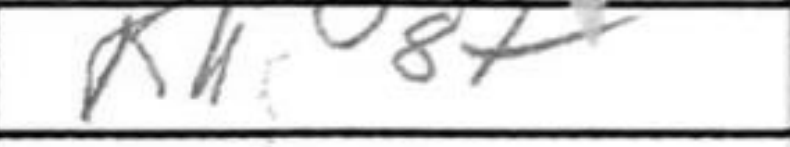
Transcription: Kh8+